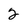
Character: 2